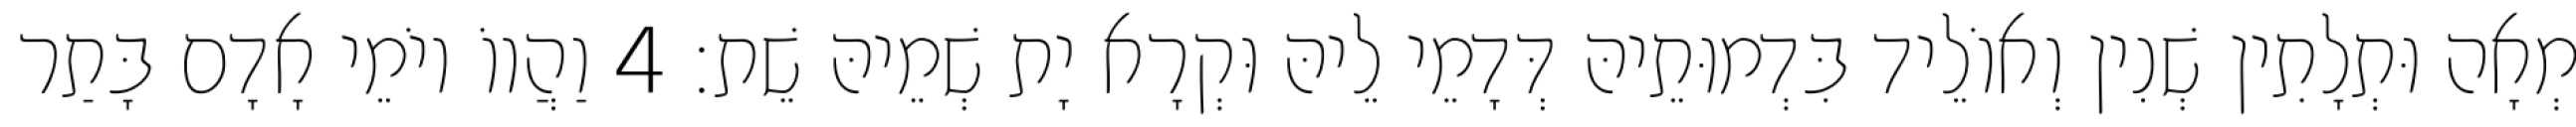
מְאָה וּתְלָתִין שְׁנִין וְאוֹלֵיד בִּדְמוּתֵיהּ דְּדָמֵי לֵיהּ וּקְרָא יָת שְׁמֵיהּ שֵׁת׃ 4 וַהֲווֹ יוֹמֵי אָדָם בָּתַר